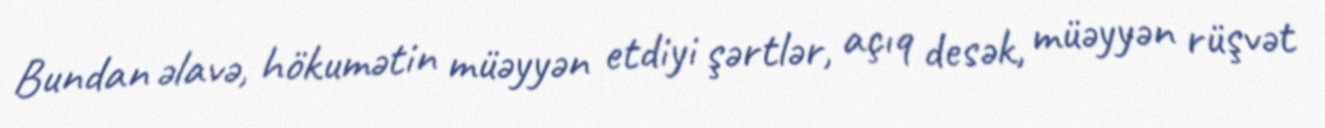
Bundan əlavə, hökumətin müəyyən etdiyi şərtlər, açıq desək, müəyyən rüşvət